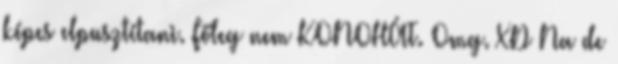
képes elpusztítani. Főleg nem KONOHÁT. Omg. XD Na de